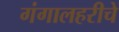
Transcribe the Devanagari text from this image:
गंगालहरीचे